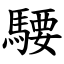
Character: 騕